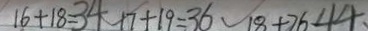
1 6 + 8 = 3 4 1 7 + 1 9 = 3 6 1 8 + 2 6 = 4 4